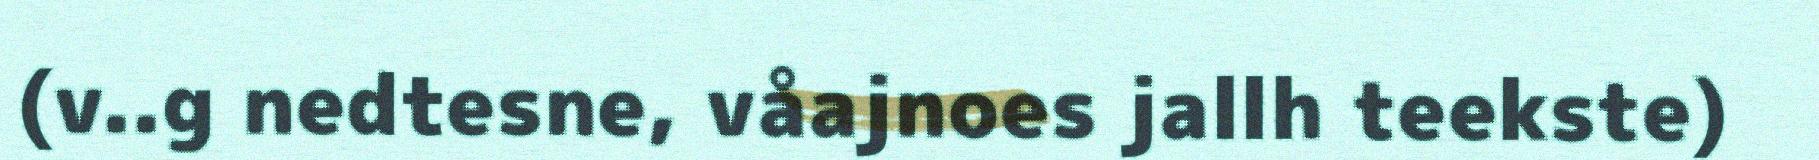
(v..g nedtesne, våajnoes jallh teekste)